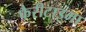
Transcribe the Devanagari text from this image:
फैरीटाइमा